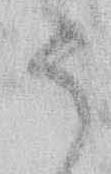
ま